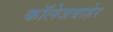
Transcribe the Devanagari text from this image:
कॉलेजबाहेर